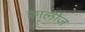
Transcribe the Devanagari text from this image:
क्वालीज